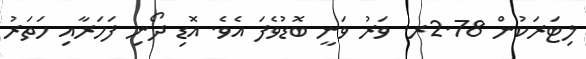
ލިޓަރަކުން 2.78ރ. ވަރު ވަނީ ބޮޑުވެފަ އެވެ. އޮޑި ދޯނި ފަހަރާއި ހަތަރު